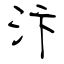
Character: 汴